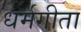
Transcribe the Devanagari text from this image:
धर्मगीता